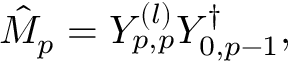
\begin{array} { r } { \hat { M } _ { p } = Y _ { p , p } ^ { ( l ) } Y _ { 0 , p - 1 } ^ { \dagger } , } \end{array}